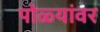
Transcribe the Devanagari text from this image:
पोळ्यांवर